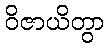
ဝိဇာယိတွာ